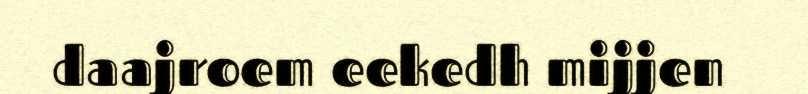
daajroem eekedh mijjen